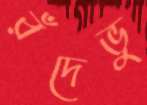
রঁদেভু